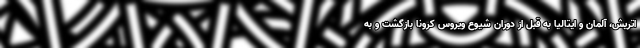
اتریش، آلمان و ایتالیا به قبل از دوران شیوع ویروس کرونا بازگشت و به